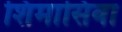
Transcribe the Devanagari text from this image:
शिमासिवा